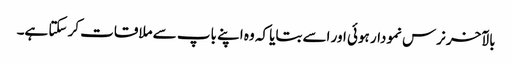
بالآخر نرس نمودار ہوئی اور اسے بتایا کہ وہ اپنے باپ سے ملاقات کر سکتا ہے۔